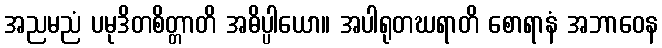
အညမညံ ပမုဒိတစိတ္တာတိ အဓိပ္ပါယော။ အပါရုတဃရာတိ စောရာနံ အဘာဝေန